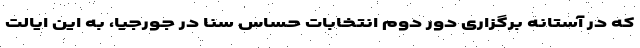
که در آستانه برگزاری دور دوم انتخابات حساس سنا در جورجیا، به این ایالت